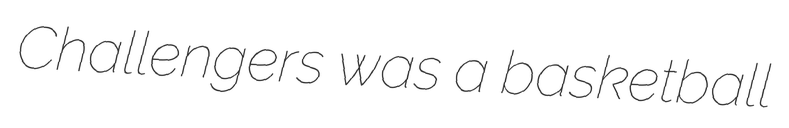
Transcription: Challengers was a basketball